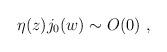
LaTeX: \begin{align*}\eta (z)j_0(w)\sim O(0) \ , \end{align*}